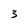
Character: 3